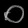
Digit: ၀